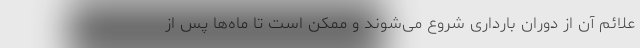
علائم آن از دوران بارداری شروع می‌شوند و ممکن است تا ماه‌ها پس از